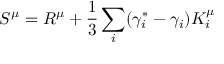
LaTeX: S ^ { \mu } = R ^ { \mu } + \frac { 1 } { 3 } \sum _ { i } ( \gamma _ { i } ^ { \ast } - \gamma _ { i } ) K _ { i } ^ { \mu }